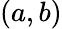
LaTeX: \left(a,b\right)